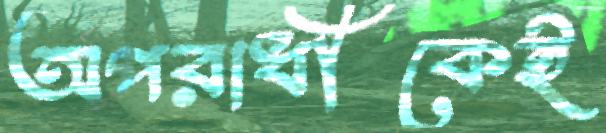
অপরাধীকেই